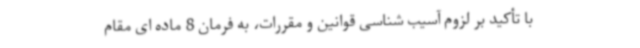
با تأکید بر لزوم آسیب شناسی قوانین و مقررات، به فرمان 8 ماده ای مقام